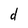
Character: d